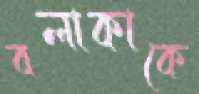
বলাকাকে